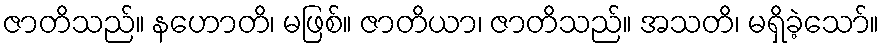
ဇာတိသည်။ နဟောတိ၊ မဖြစ်။ ဇာတိယာ၊ ဇာတိသည်။ အသတိ၊ မရှိခဲ့သော်။